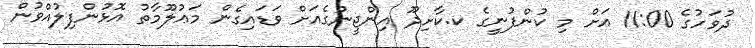
ދުވަހުގެ 11:00 އަށް މި ކުންފުނީގެ ކ.ކާށިދޫ އިންޖީނުގެއަށް ވަޑައިގެން މަޢުލޫމާތު އޮޅުންފިލުއްވުން